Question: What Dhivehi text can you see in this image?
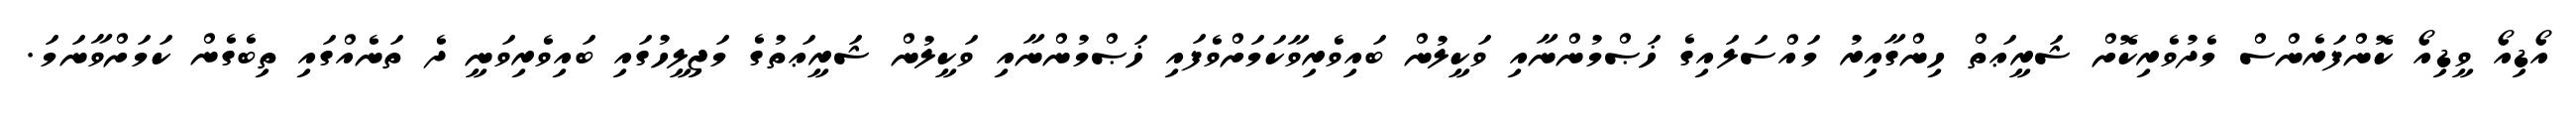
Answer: އޯޑިއޯ ވީޑިއޯ ކޮންފަރެންސް މެދުވެރިކޮށް ޝަރީޢަތް ހިންގާއިރު މައްސަލައިގެ ޚަޞްމުންނާއި ވަކީލުން ބައިވެރިވާކަމަށްވެފައި ޚަޞްމުންނާއި ވަކީލުން ޝަރީޢަތުގެ މަޖިލީހުގައި ބައިވެރިވަނީ ދެ ތަނެއްގައި ތިބެގެން ކަމަށްވާނަމަ.